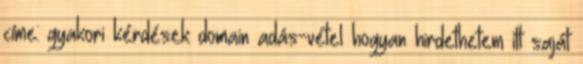
címe: gyakori kérdések domain adás-vétel hogyan hirdethetem itt saját